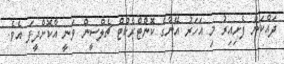
ދައްކަން ފެށިއިރު މި އަހަރު އޭނާގެ ކޮންޓްރެކްޓް ޗެލްސީން ވަނީ އާކޮށްދީފަ އެވެ.